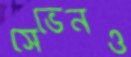
সেভেনও